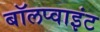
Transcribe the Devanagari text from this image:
बॉलप्वाइंट